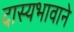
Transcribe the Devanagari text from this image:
दास्यभावाने